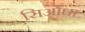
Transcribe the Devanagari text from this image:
सिओंधा